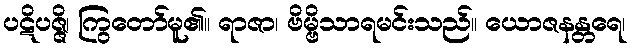
ပဋိပဇ္ဇိ၊ ကြွတော်မူ၏။ ရာဇာ၊ ဗိမ္ဗိသာရမင်းသည်။ ယောဇနန္တရေ၊